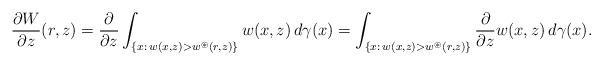
LaTeX: \begin{align*}\frac{\partial W}{\partial z}(r,z)=\frac{\partial}{\partial z}\int_{\{x:\,w(x,z)>w^{\circledast}(r,z)\}}w(x,z)\,d\gamma(x)=\int_{\{x:\,w(x,z)>w^{\circledast}(r,z)\}}\frac{\partial}{\partial z}w(x,z)\,d\gamma(x).\end{align*}